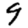
Digit: 9